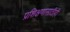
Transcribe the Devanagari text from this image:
प्रशिक्षणासाठीही